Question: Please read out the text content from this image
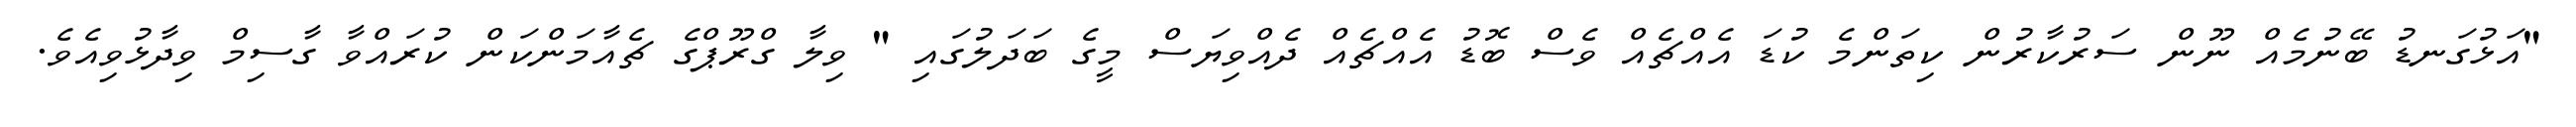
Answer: "އަޅުގަނޑު ބޭނުމެއް ނޫން ސަރުކާރުން ކިތަންމެ ކުޑަ އެއްޗެއް ވެސް ބޮޑު އެއްޗެއް ދެއްވިޔަސް މީގެ ބަދަލުގައި " ވިލާ ގްރޫޕްގެ ޗެއާމަންކަން ކުރައްވާ ގާސިމް ވިދާޅުވިއެވެ.